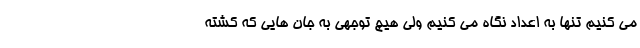
می کنیم تنها به اعداد نگاه می کنیم ولی هیچ توجهی به جان هایی که کشته